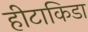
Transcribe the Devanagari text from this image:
हीटाकिडा